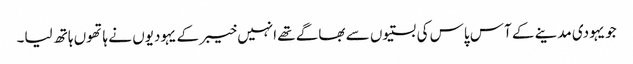
جویہودی مدینے کے آس پاس کی بستیوں سے بھاگے تھے انہیں خیبر کے یہودیوں نے ہاتھوں ہاتھ لیا۔